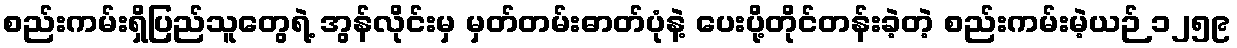
စည်းကမ်းရှိပြည်သူတွေရဲ့ အွန်လိုင်းမှ မှတ်တမ်းဓာတ်ပုံနဲ့ ပေးပို့တိုင်တန်းခဲ့တဲ့ စည်းကမ်းမဲ့ယဉ် ၁၂၅၉